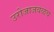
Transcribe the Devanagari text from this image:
उरोजाजवळच